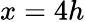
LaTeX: x=4h